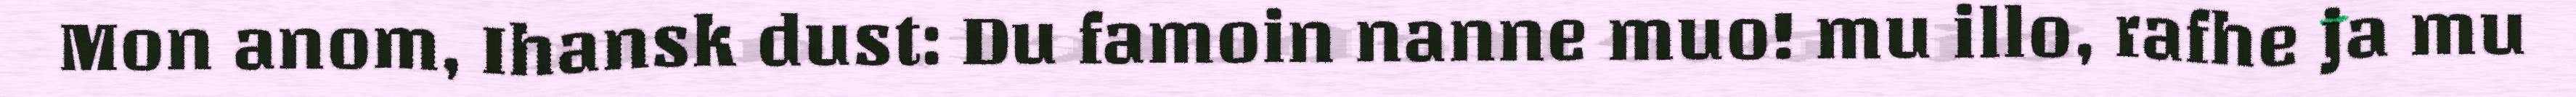
Mon anom, Ihansk dust: Du famoin nanne muo! mu illo, rafhe ja mu